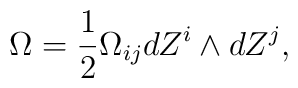
\Omega = \frac{1}{2} \Omega_{ij} dZ^i \wedge dZ^j,